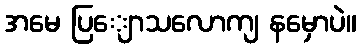
အမေ ပြျောသလောကျ နမှောပဲ။